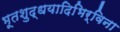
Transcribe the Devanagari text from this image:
भूतशुद्धयादिभिर्विना